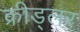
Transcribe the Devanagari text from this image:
क्रीड्लर